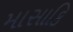
માસાકિ